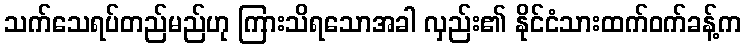
သက်သေရပ်တည်မည်ဟု ကြားသိရသောအခါ လှည်း၏ နိုင်ငံသားထက်ဝက်ခန့်က